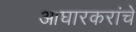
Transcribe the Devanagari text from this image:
आघारकरांचे